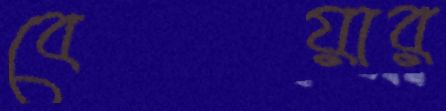
বেয়ার